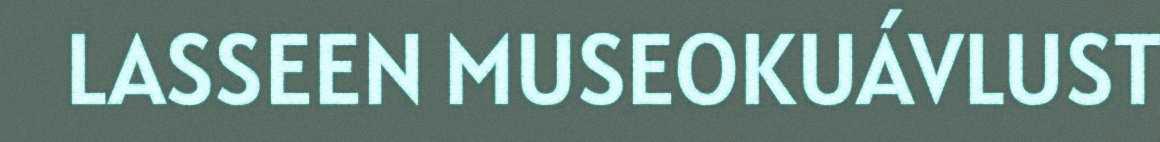
LASSEEN MUSEOKUÁVLUST